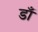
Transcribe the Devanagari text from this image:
डॉं